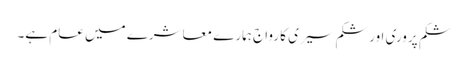
شکم پروری اور شکم سیری کا رواج ہمارے معاشرے میں عام ہے۔